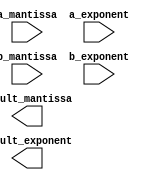
module floating_point_adder(
    input wire [31:0] a_mantissa,
    input wire [7:0] a_exponent,
    input wire [31:0] b_mantissa,
    input wire [7:0] b_exponent,
    output reg [31:0] result_mantissa,
    output reg [7:0] result_exponent
);

// TODO: Adder logic implementation

endmodule